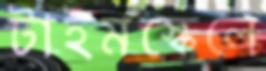
টাইমস্কেলে